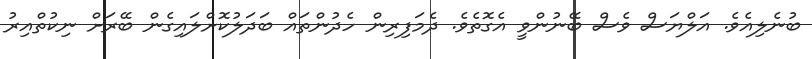
ބުނެލިއެވެ. އަލްޔަސް ވެސް ބޭނުންވީ އެގޮތެވެ. ދެމަފިރިން ހެދުންތައް ބަދަލުކޮށްލައިގެން ބޭރަށް ނިކުތްއިރު